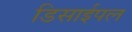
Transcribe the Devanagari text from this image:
डिसाईपल